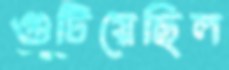
গুটিয়েছিল